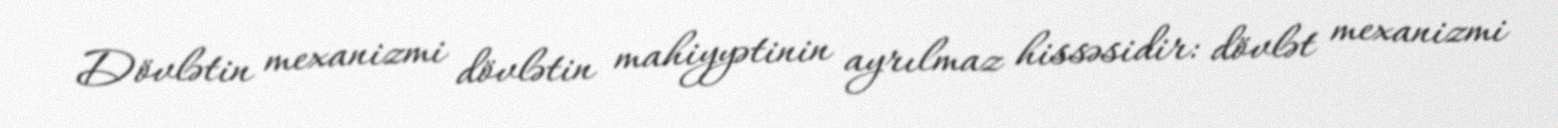
Dövlətin mexanizmi dövlətin mahiyyətinin ayrılmaz hissəsidir: dövlət mexanizmi